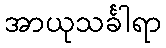
အာယုသင်္ခါရာ